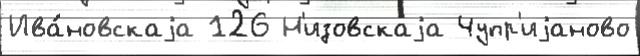
Ива́новскаjа 126 Н'изовскаjа Чупр'иjаново